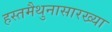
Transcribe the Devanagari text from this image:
हस्तमैथुनासारख्या